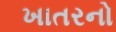
ખાતરનો